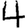
Digit: 4